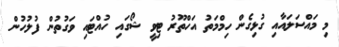
މި މައްސަލައާއި ގުޅިގެން ހިމްމަތު އަހްތޫރު ޓިވީ ޝޯގައި ހުއްޓައި ވަގުތުން ފުލުހުން